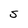
Character: S